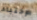
الإختباء